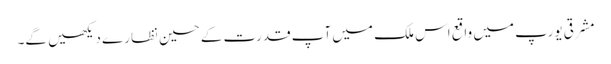
مشرقی یورپ میں واقع اس ملک میں آپ قدرت کے حسین نظارے دیکھیں گے۔